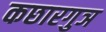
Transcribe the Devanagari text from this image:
कछारगुञ